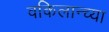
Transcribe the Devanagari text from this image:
वकिलान्च्या